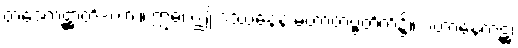
တဒေကဋ္ဌာတိ-ကား။ ဣဓ၊ ဤ ဒဿနေန မဟာတဗ္ဗတိက်၌။ ပဟာနေကဋ္ဌံ၊